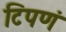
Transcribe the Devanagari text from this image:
टिपणं